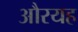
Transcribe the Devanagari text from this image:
औरयह